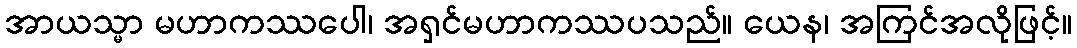
အာယသ္မာ မဟာကဿပေါ၊ အရှင်မဟာကဿပသည်။ ယေန၊ အကြင်အလိုဖြင့်။